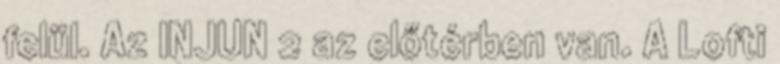
felül. Az INJUN 2 az előtérben van. A Lofti